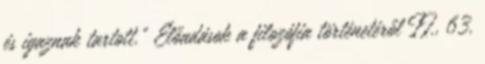
és igaznak tartott.” Előadások a filozófia történetéről II., 63.